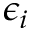
\epsilon _ { i }